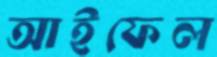
আইফেল